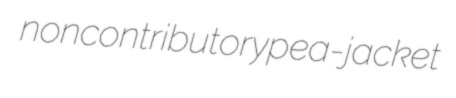
noncontributory pea-jacket